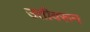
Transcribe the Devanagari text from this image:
उतीवरून